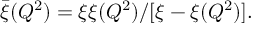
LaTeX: \bar { \xi } ( Q ^ { 2 } ) = { \xi \xi ( Q ^ { 2 } ) } / [ { \xi - \xi ( Q ^ { 2 } ) } ] .